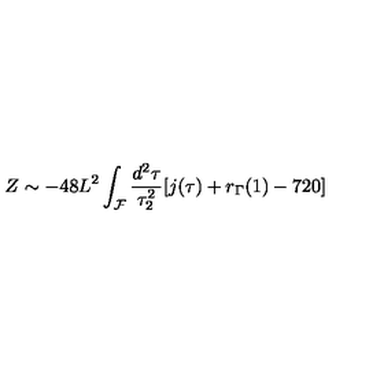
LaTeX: Z \sim - 4 8 L ^ { 2 } \int _ { \cal F } \frac { d ^ { 2 } \tau } { \tau _ { 2 } ^ { 2 } } [ j ( \tau ) + r _ { \Gamma } ( 1 ) - 7 2 0 ]